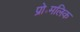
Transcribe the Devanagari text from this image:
प्रो॰मलिक